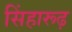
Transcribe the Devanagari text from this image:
सिंहारूढ़